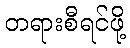
တရားစီရင်ဖို့